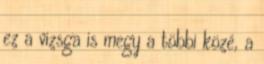
ez a vizsga is megy a többi közé, a